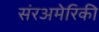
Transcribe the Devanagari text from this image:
संरअमेरिकी